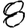
Digit: 8